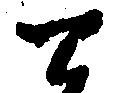
て